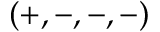
( + , - , - , - )